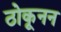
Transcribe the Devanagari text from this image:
ठोकूनन